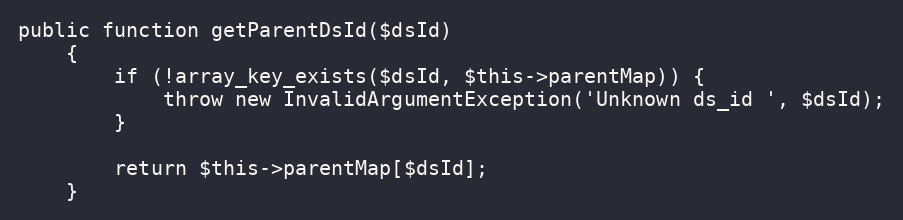
Language: PHP
public function getParentDsId($dsId)
    {
        if (!array_key_exists($dsId, $this->parentMap)) {
            throw new InvalidArgumentException('Unknown ds_id ', $dsId);
        }

        return $this->parentMap[$dsId];
    }